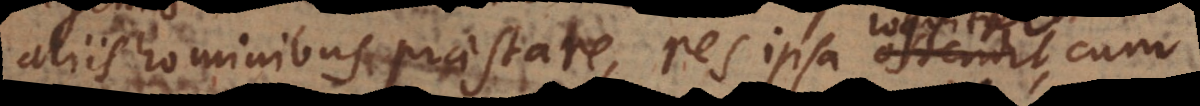
aliis hominibus praestare, res ipsa ostendit,, cu